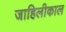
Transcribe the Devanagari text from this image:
जाहिलीकाल